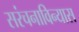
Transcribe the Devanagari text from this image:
सरंचनाविन्यास